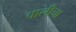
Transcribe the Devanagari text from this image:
चालीचा